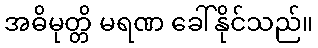
အဓိမုတ္တိ မရဏ ခေါ်နိုင်သည်။